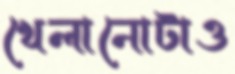
খেলানোটাও